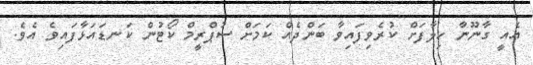
އެއީ ގާނޫނާ ހިލާފަށް ކުރެވިފައިވާ ބަންދެއް ކަމަށް ސުޕްރީމް ކޯޓުން ކަނޑައަޅާފައިވެ އެވެ.